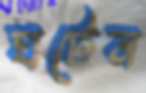
ঘটেন